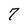
Character: 7